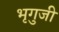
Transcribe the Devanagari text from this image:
भृगुजी